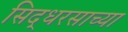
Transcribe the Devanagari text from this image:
सिद्धरसाच्या